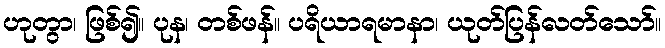
ဟုတွာ၊ ဖြစ်၍။ ပုန၊ တစ်ဖန်။ ပရိယာရမာနာ၊ ယုတ်ပြန်လတ်သော်။